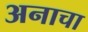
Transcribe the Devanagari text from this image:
अनाचा